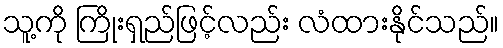
သူ့ကို ကြိုးရှည်ဖြင့်လည်း လံထားနိုင်သည်။